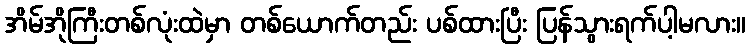
အိမ်အိုကြီးတစ်လုံးထဲမှာ တစ်ယောက်တည်း ပစ်ထားပြီး ပြန်သွားရက်ပါ့မလား။